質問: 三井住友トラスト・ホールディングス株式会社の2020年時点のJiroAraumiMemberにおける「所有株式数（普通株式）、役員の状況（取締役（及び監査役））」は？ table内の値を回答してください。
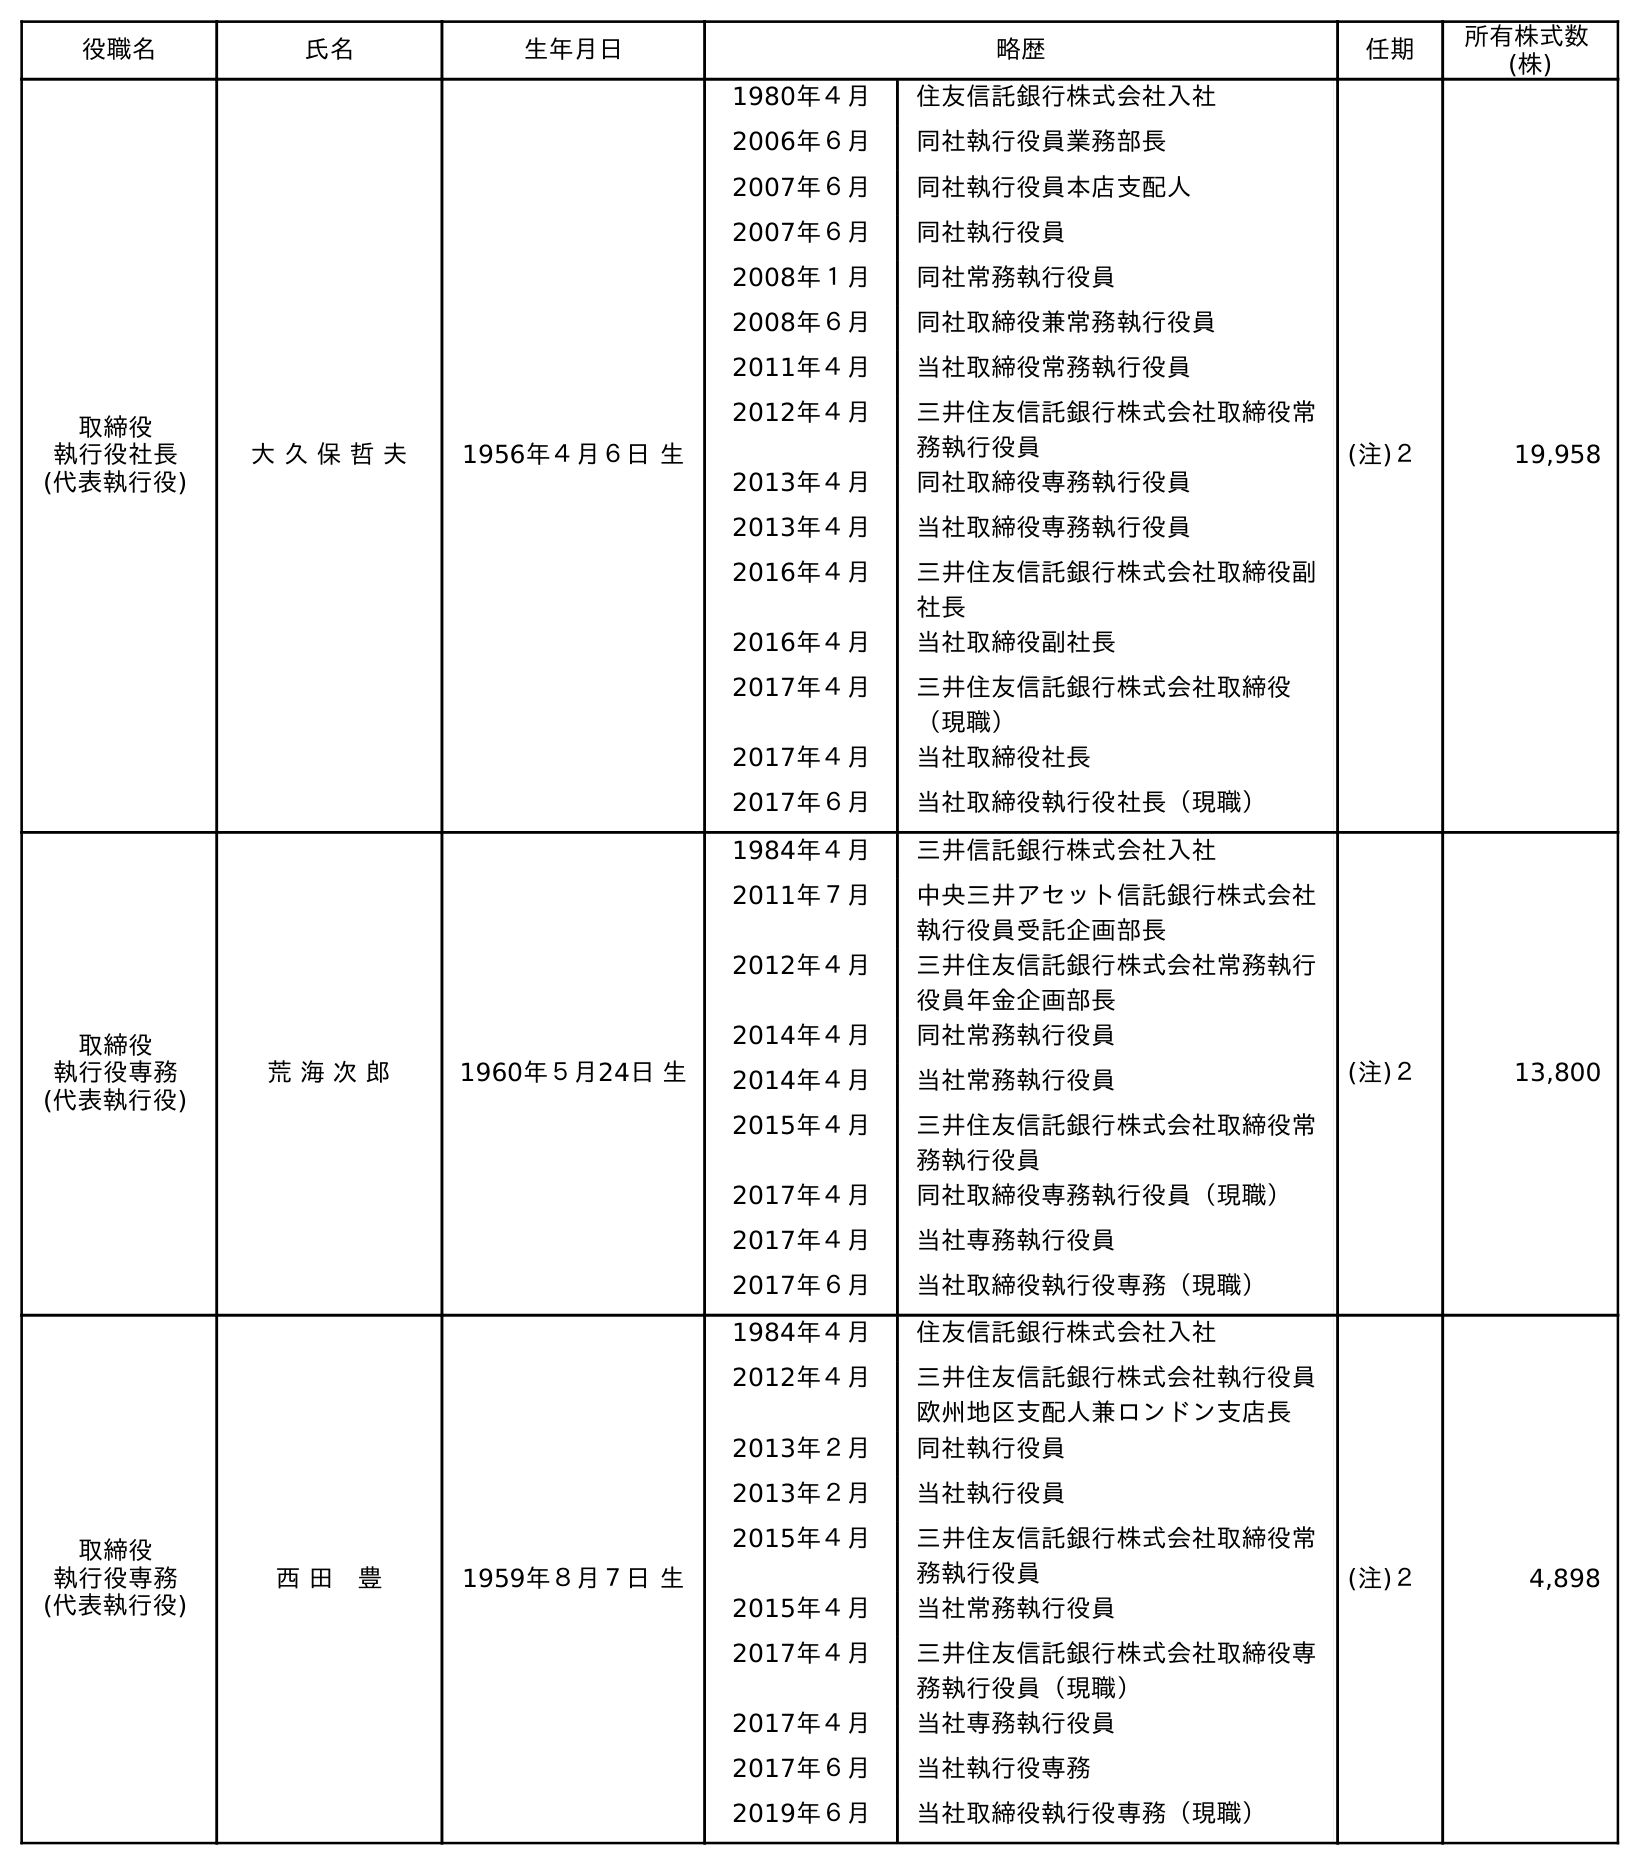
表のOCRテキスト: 役職名 氏名 生年月日 略歴 任期 所有株式数 (株) 取締役 執行役社長 (代表執行役) 大 久 保 哲 夫 1956年４月６日 生 1980年４月 住友信託銀行株式会社入社 2006年６月 同社執行役員業務部長 2007年６月 同社執行役員本店支配人 2007年６月 同社執行役員 2008年１月 同社常務執行役員 2008年６月 同社取締役兼常務執行役員 2011年４月 当社取締役常務執行役員 2012年４月 三井住友信託銀行株式会社取締役常 務執行役員 2013年４月 同社取締役専務執行役員 2013年４月 当社取締役専務執行役員 2016年４月 三井住友信託銀行株式会社取締役副 社長 2016年４月 当社取締役副社長 2017年４月 三井住友信託銀行株式会社取締役 （現職） 2017年４月 当社取締役社長 2017年６月 当社取締役執行役社長（現職） (注)２ 19,958 取締役 執行役専務 (代表執行役) 荒 海 次 郎 1960年５月24日 生 1984年４月 三井信託銀行株式会社入社 2011年７月 中央三井アセット信託銀行株式会社 執行役員受託企画部長 2012年４月 三井住友信託銀行株式会社常務執行 役員年金企画部長 2014年４月 同社常務執行役員 2014年４月 当社常務執行役員 2015年４月 三井住友信託銀行株式会社取締役常 務執行役員 2017年４月 同社取締役専務執行役員（現職） 2017年４月 当社専務執行役員 2017年６月 当社取締役執行役専務（現職） (注)２ 13,800 取締役 執行役専務 (代表執行役) 西 田 豊 1959年８月７日 生 1984年４月 住友信託銀行株式会社入社 2012年４月 三井住友信託銀行株式会社執行役員 欧州地区支配人兼ロンドン支店長 2013年２月 同社執行役員 2013年２月 当社執行役員 2015年４月 三井住友信託銀行株式会社取締役常 務執行役員 2015年４月 当社常務執行役員 2017年４月 三井住友信託銀行株式会社取締役専 務執行役員（現職） 2017年４月 当社専務執行役員 2017年６月 当社執行役専務 2019年６月 当社取締役執行役専務（現職） (注)２ 4,898
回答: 13,800